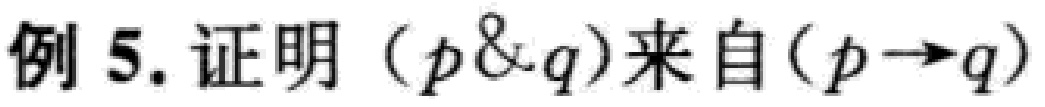
例 5. 证明 $(p\&q)$ 来自 $(p\rightarrow q)$